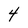
Character: 4